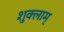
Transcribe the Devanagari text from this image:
शुक्लाम्